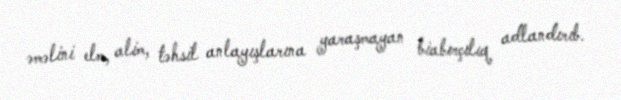
əməlini elm, alim, təhsil anlayışlarına yaraşmayan biabırçılıq adlandırıb.